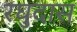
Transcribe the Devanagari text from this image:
रघुदास